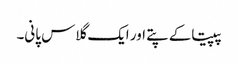
پپیتاکے پتے اور ایک گلاس پانی۔